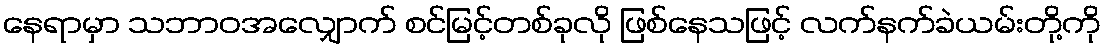
နေရာမှာ သဘာဝအလျှောက် စင်မြင့်တစ်ခုလို ဖြစ်နေသဖြင့် လက်နက်ခဲယမ်းတို့ကို